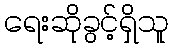
ရေးဆိုခွင့်ရှိသူ